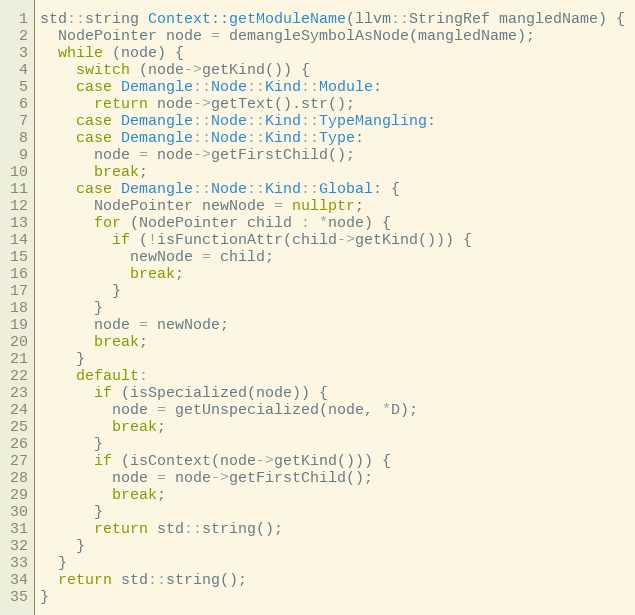
Language: C++
std::string Context::getModuleName(llvm::StringRef mangledName) {
  NodePointer node = demangleSymbolAsNode(mangledName);
  while (node) {
    switch (node->getKind()) {
    case Demangle::Node::Kind::Module:
      return node->getText().str();
    case Demangle::Node::Kind::TypeMangling:
    case Demangle::Node::Kind::Type:
      node = node->getFirstChild();
      break;
    case Demangle::Node::Kind::Global: {
      NodePointer newNode = nullptr;
      for (NodePointer child : *node) {
        if (!isFunctionAttr(child->getKind())) {
          newNode = child;
          break;
        }
      }
      node = newNode;
      break;
    }
    default:
      if (isSpecialized(node)) {
        node = getUnspecialized(node, *D);
        break;
      }
      if (isContext(node->getKind())) {
        node = node->getFirstChild();
        break;
      }
      return std::string();
    }
  }
  return std::string();
}